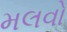
મલવો